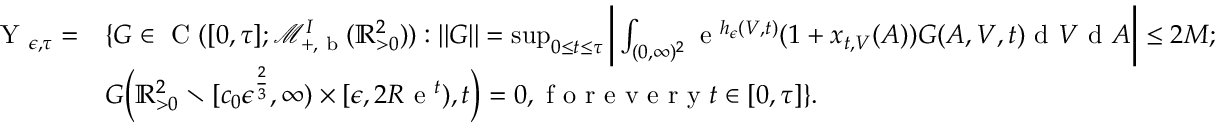
\begin{array} { r l } { \textup { Y } _ { \epsilon , \tau } = } & { \{ G \in \textup { C } ( [ 0 , \tau ] ; \mathscr { M } _ { + , \textup { b } } ^ { I } ( \mathbb { R } _ { > 0 } ^ { 2 } ) ) : | | G | | = \operatorname* { s u p } _ { 0 \leq t \leq \tau } \bigg | \int _ { ( 0 , \infty ) ^ { 2 } } \textup { e } ^ { h _ { \epsilon } ( V , t ) } ( 1 + x _ { t , V } ( A ) ) G ( A , V , t ) \textup { d } V \textup { d } A \bigg | \leq 2 M ; } \\ & { G \Big ( \mathbb { R } _ { > 0 } ^ { 2 } \setminus [ c _ { 0 } \epsilon ^ { \frac { 2 } { 3 } } , \infty ) \times [ \epsilon , 2 R \textup { e } ^ { t } ) , t \Big ) = 0 , \textup { f o r e v e r y } t \in [ 0 , \tau ] \} . } \end{array}